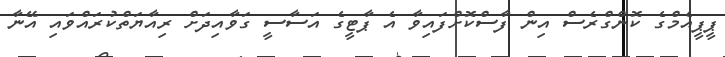
ޕީޕީއެމްގެ ކޮންގްރެސް އިން ފާސްކޮށްފައިވާ އެ ޕާޓީގެ އަސާސީ ގަވާއިދަށް ރިއާޔަތްކުރައްވައި އޭނާ